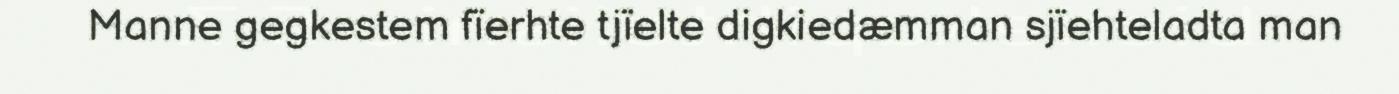
Manne gegkestem fïerhte tjïelte digkiedæmman sjïehteladta man